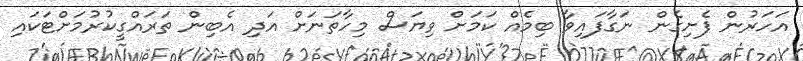
އަހަރުން ފެށިގެން ނަގާފައިވާ ބިމެއް ކަމަށް ވިޔަސް މިހާތަނަށް އަދި އެބިން ތަރައްގީކުރުމަށްޓަކައި